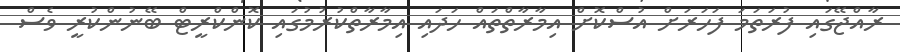
ރާއްޖޭގައި ފުރަތަމަ ފަހަރަށް އުސްކޮށް އިމާރާތްތައް ހަދައި އިމާރާތްކުރުމުގައި ކޮންކްރީޓް ބޭނުންކުރީ ވެސް